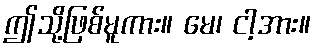
ဤသို့ဖြစ်မူကား။ မေ၊ ငါ့အား။